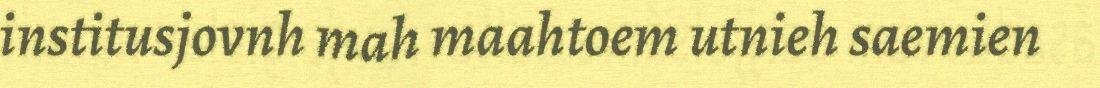
institusjovnh mah maahtoem utnieh saemien